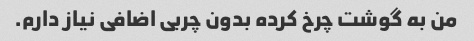
من به گوشت چرخ کرده بدون چربی اضافی نیاز دارم.